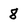
Character: 8